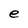
Character: e